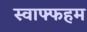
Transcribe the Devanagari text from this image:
स्वाफ्फहम